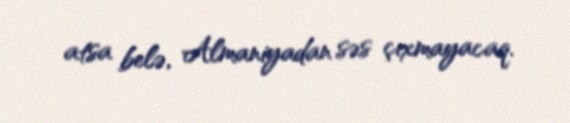
atsa belə, Almaniyadan səs çıxmayacaq.